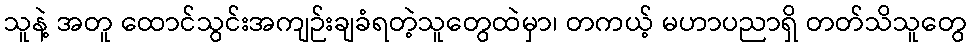
သူနဲ့ အတူ ထောင်သွင်းအကျဉ်းချခံရတဲ့သူတွေထဲမှာ၊ တကယ့် မဟာပညာရှိ တတ်သိသူတွေ